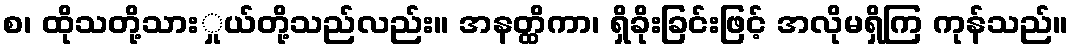
စ၊ ထိုသတို့သားှုယ်တို့သည်လည်း။ အနတ္ထိကာ၊ ရှိခိုးခြင်းဖြင့် အလိုမရှိကြ ကုန်သည်။